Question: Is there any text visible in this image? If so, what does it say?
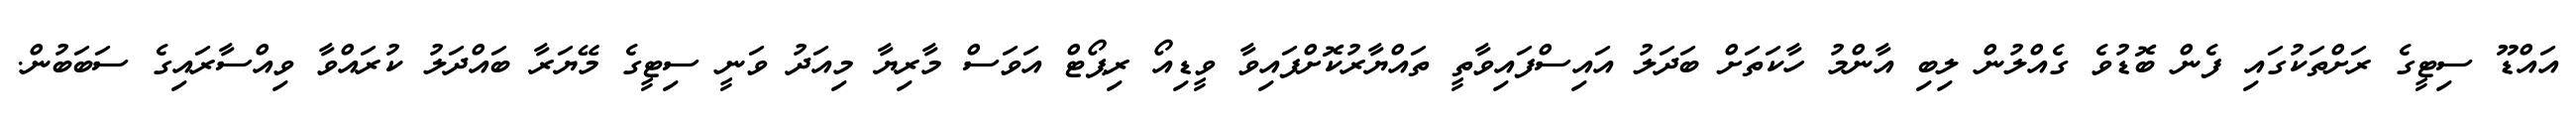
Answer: އައްޑޫ ސިޓީގެ ރަށްތަކުގައި ފެން ބޮޑުވެ ގެއްލުން ލިބި އާންމު ހާކަތަށް ބަދަލު އައިސްފައިވާތީ ތައްޔާރުކޮށްފައިވާ ވީޑިއޯ ރިޕޯޓް އަވަސް މާރިޔާ މިއަދު ވަނީ ސިޓީގެ މޭޔަރާ ބައްދަލު ކުރައްވާ ވިއްސާރައިގެ ސަބަބުން.